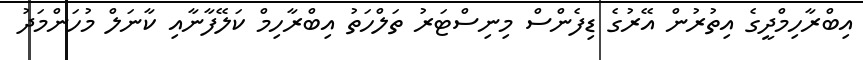
އިބްރާހިމްދީގެ އިތުރުން އޭރުގެ ޑިފެންސް މިނިސްޓަރު ތަލްހަތު އިބްރާހިމް ކަލޭފާނާއި ކާނަލް މުހަންމަދު